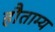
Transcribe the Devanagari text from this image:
हौताम्य